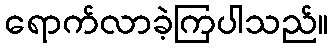
ရောက်လာခဲ့ကြပါသည်။